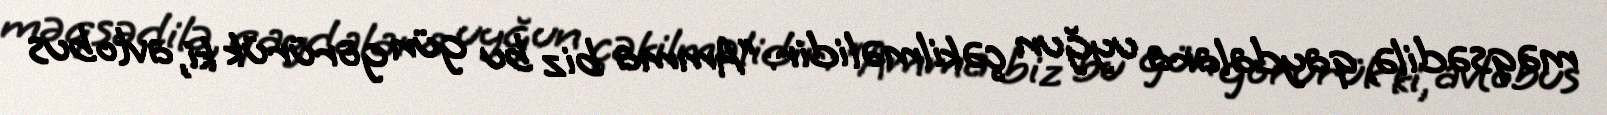
məqsədilə, qaydalara uyğun çəkilməlidir: “Amma biz bu gün görürük ki, avtobus